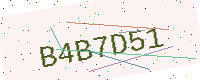
Text: B4B7D51